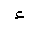
Letter: _hamza